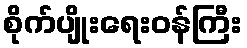
စိုက်ပျိုးရေးဝန်ကြီး